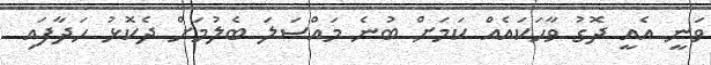
ވަނީ އެއީ ދޮގު ވާހަކައެއް ކަމަށް ބުނެ މައްސަލަ ބެލުމަށް ދެކޮޅު ހަދާފައި